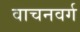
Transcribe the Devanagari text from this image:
वाचनवर्ग